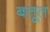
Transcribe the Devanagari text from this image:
बतूत